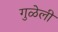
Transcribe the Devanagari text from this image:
गुळेली